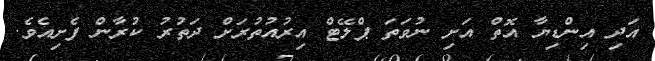
އަދި އިންޑިޔާ އޮތް އަށި ނުވަތަ ޕްލޭޓް އިރުއުތުރަށް ދަތުރު ކުރާން ފެށިއެވެ.